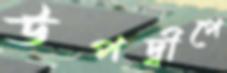
উপদ্বীপে